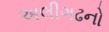
અલીગઢનો